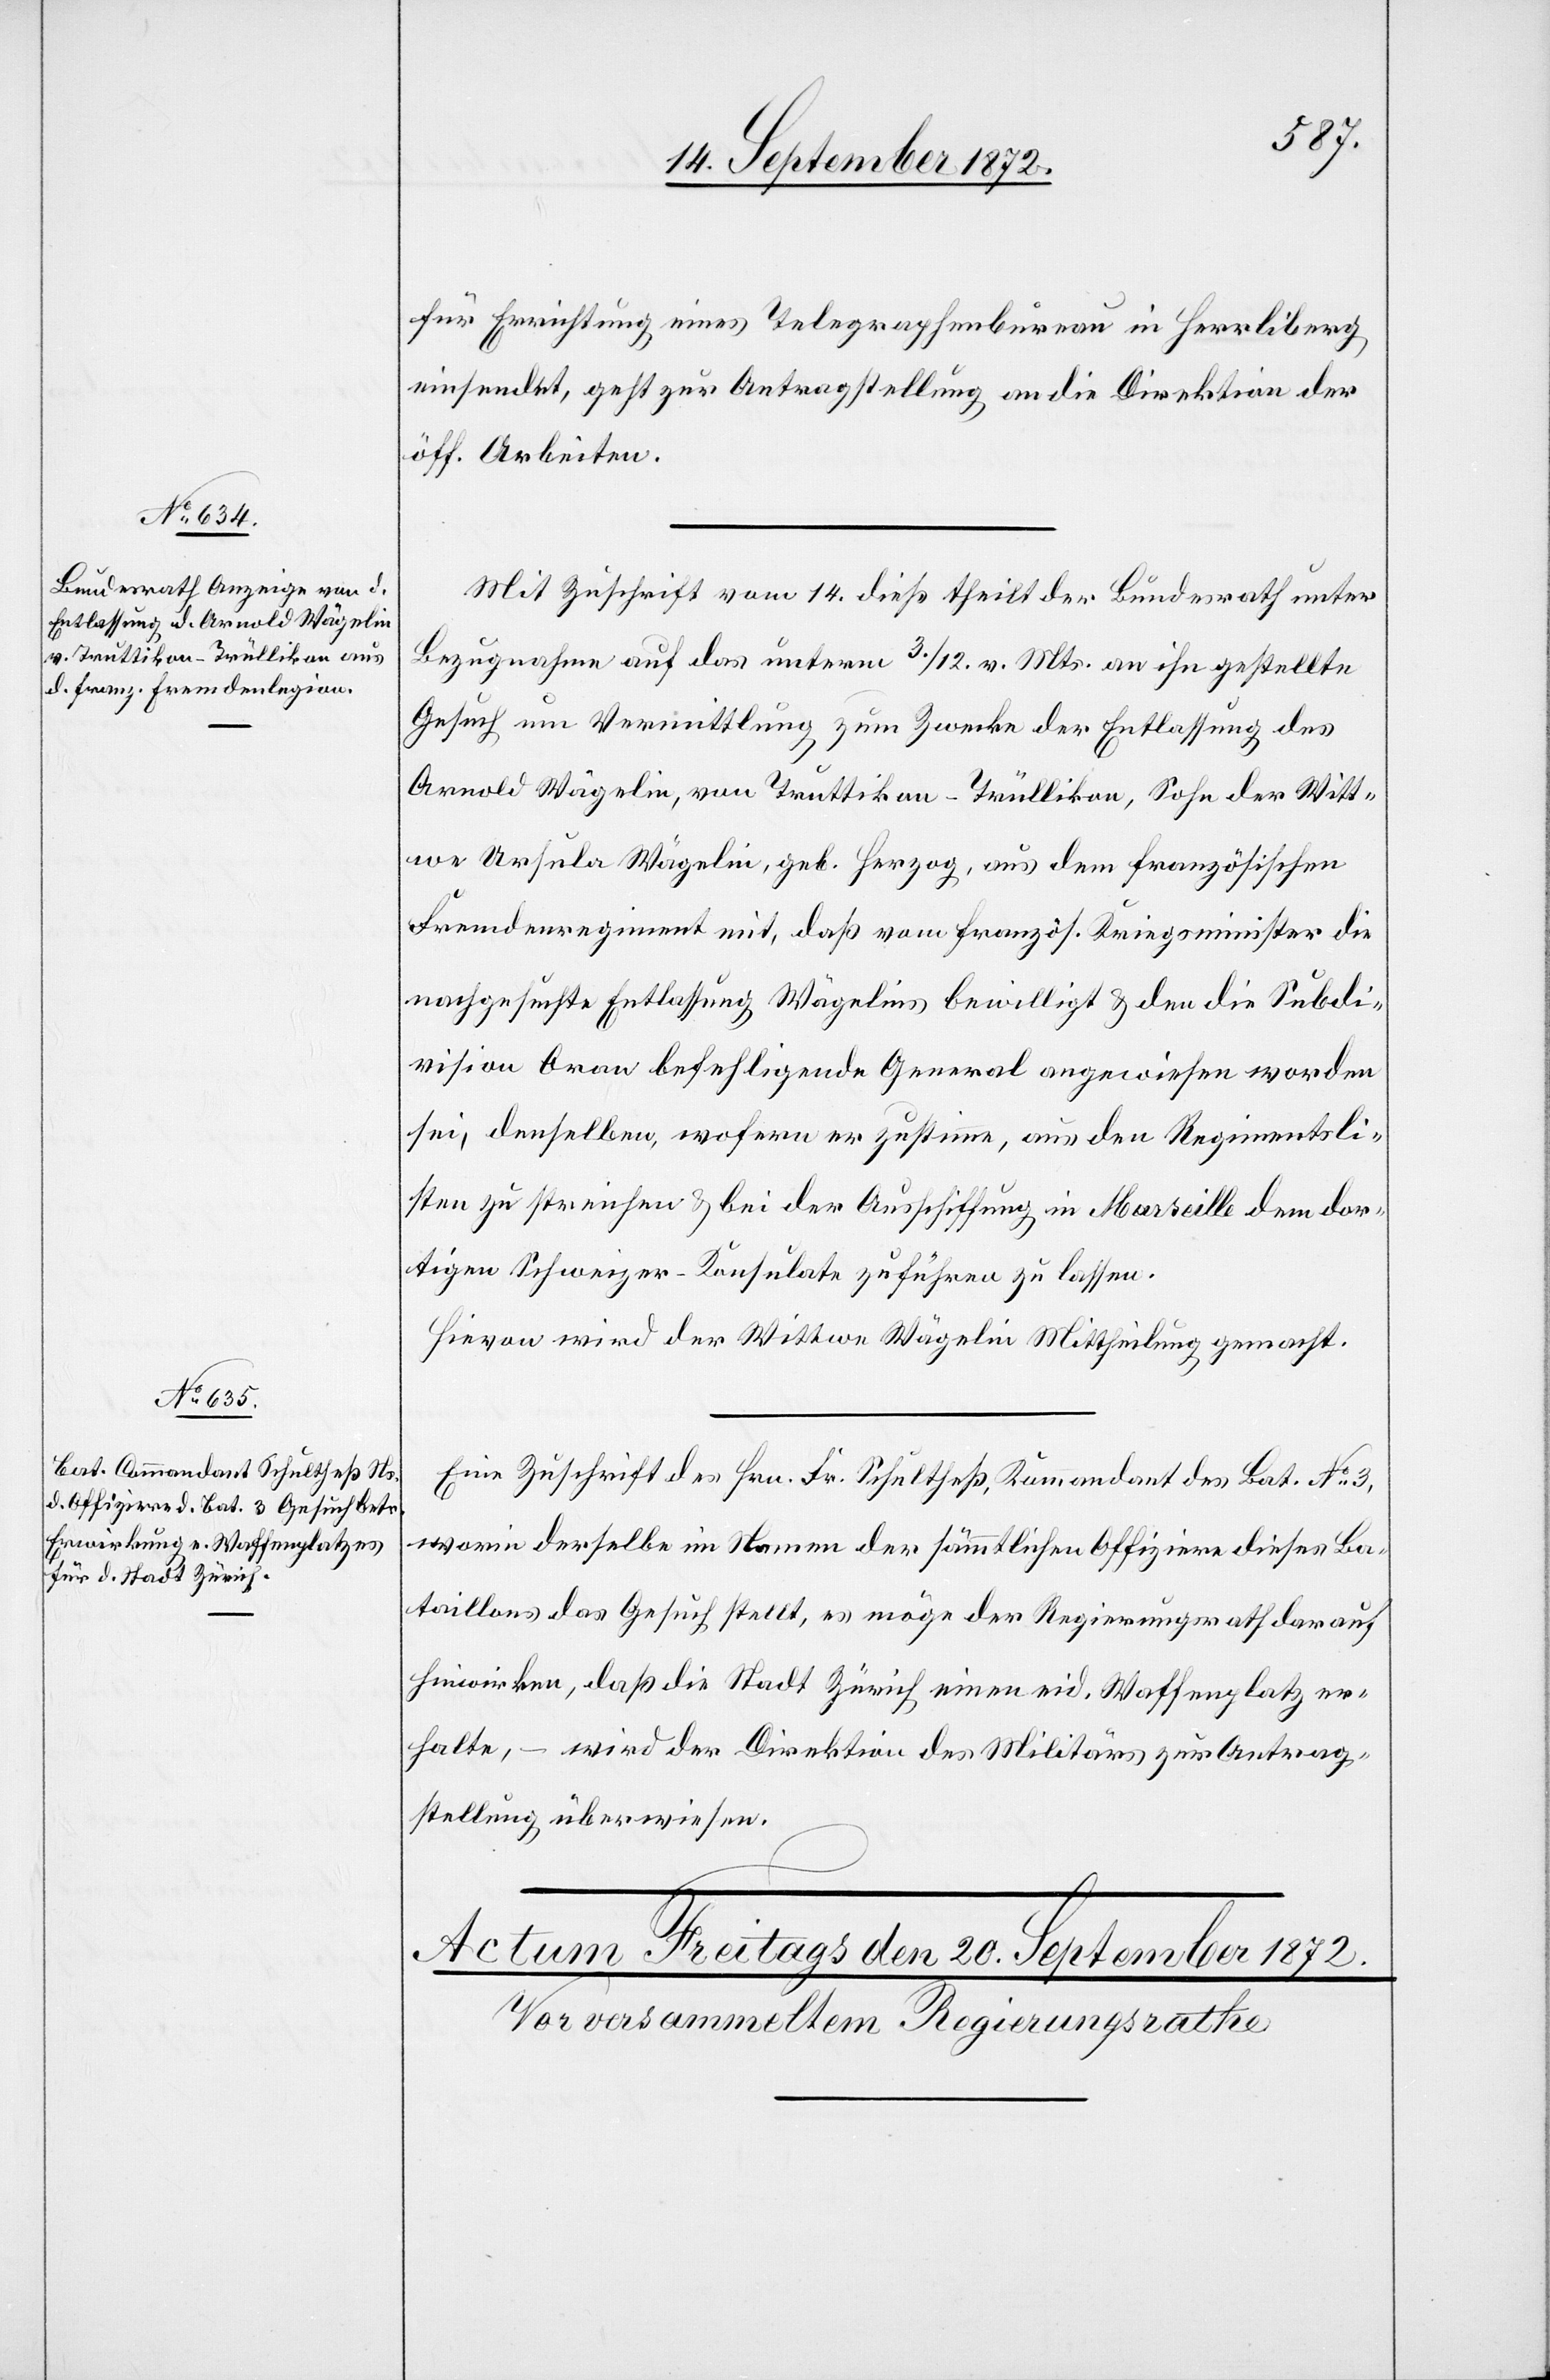
19. September 1872.]
für Errichtung eines Telegraphenbureau in Herrliberg
einsendet, geht zur Antragstellung an die Direktion der
öff. Arbeiten.
Mit Zuschrift vom 14. dieß theilt der Bundesrath unter
Bezugnahme auf das unterm 3./12. v. Mts. an ihn gestellte
Gesuch um Vermittlung zum Zwecke der Entlassung des
Arnold Wägelin, von Truttikon-Trüllikon, Sohn der Witt¬
we Ursula Wägelin, geb. Herzog, aus dem französischen
Fremdenregiment mit, daß vom fanzös. Kriegsminister die
nachgesuchte Entlassung Wägelins bewilligt u. den die Subdi¬
vison Oran befehligende General angewiesen worden
sei, denselben, wofern [sic!] er zustimme, aus den Regimentsli¬
sten zu streichen u. bei der Ausschiffung in Marseille dem dor¬
tigen Schweizer.-Konsulate zuführen zu lassen.
Hievon wird der Wittwe Wägelin Mittheilung gemacht.
Eine Zuschrift des Hrn. Fr. Schultheß, Kommandant des Bat. No 3,
worin derselbe im Namen der sämmtlichen Offiziere dieses Ba¬
taillons das Gesuch stellt, es möge der Regierungsrath darauf
hinwirken, daß die Stadt Zürich einen eid. Waffenplatz er¬
halte, – wird der Direktion des Militärs zur Antrag¬
stellung überwiesen.